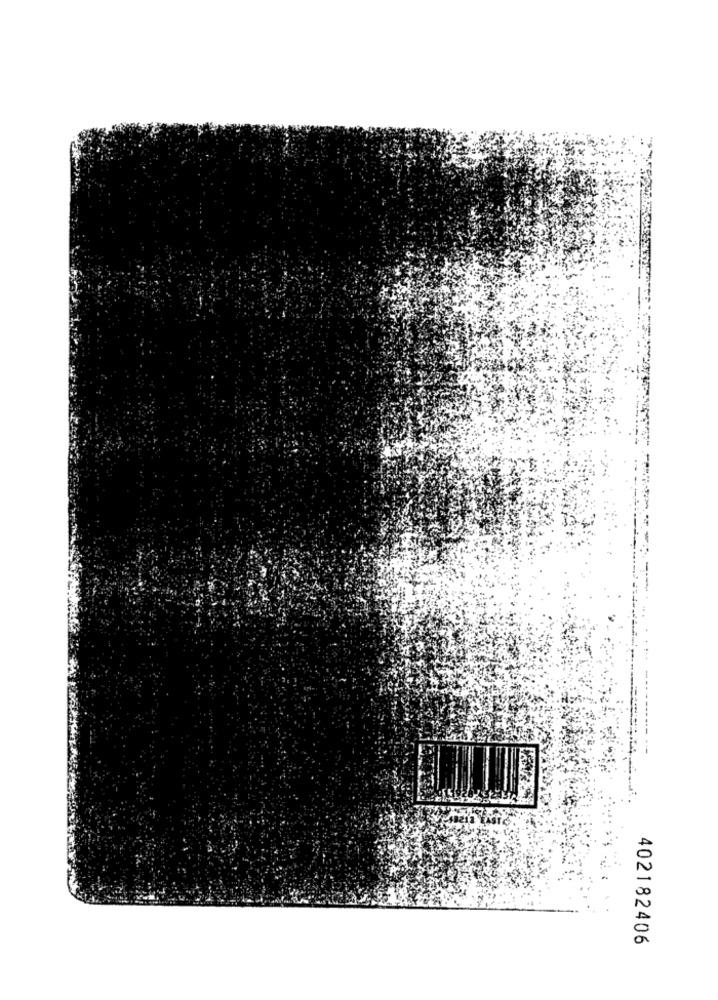
402182406